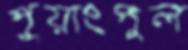
পুয়াংপুল